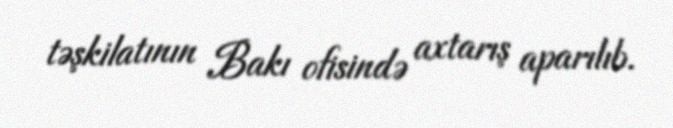
təşkilatının Bakı ofisində axtarış aparılıb.